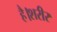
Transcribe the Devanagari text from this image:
है।शरीर